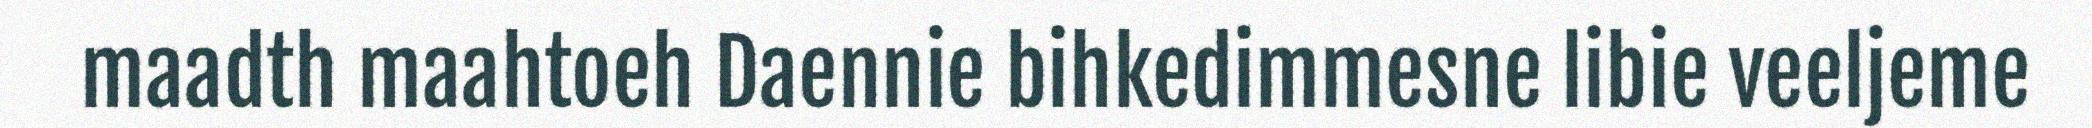
maadth maahtoeh Daennie bihkedimmesne libie veeljeme